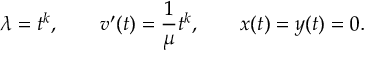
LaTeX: \lambda = t ^ { k } , \qquad v ^ { \prime } ( t ) = { \frac { 1 } { \mu } } t ^ { k } , \qquad x ( t ) = y ( t ) = 0 .